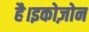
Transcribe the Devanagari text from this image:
है।इकोज़ोन